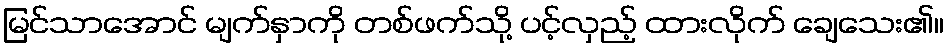
မြင်သာအောင် မျက်နှာကို တစ်ဖက်သို့ ပင့်လှည့် ထားလိုက် ချေသေး၏။